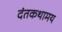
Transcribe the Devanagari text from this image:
दंतकथामय